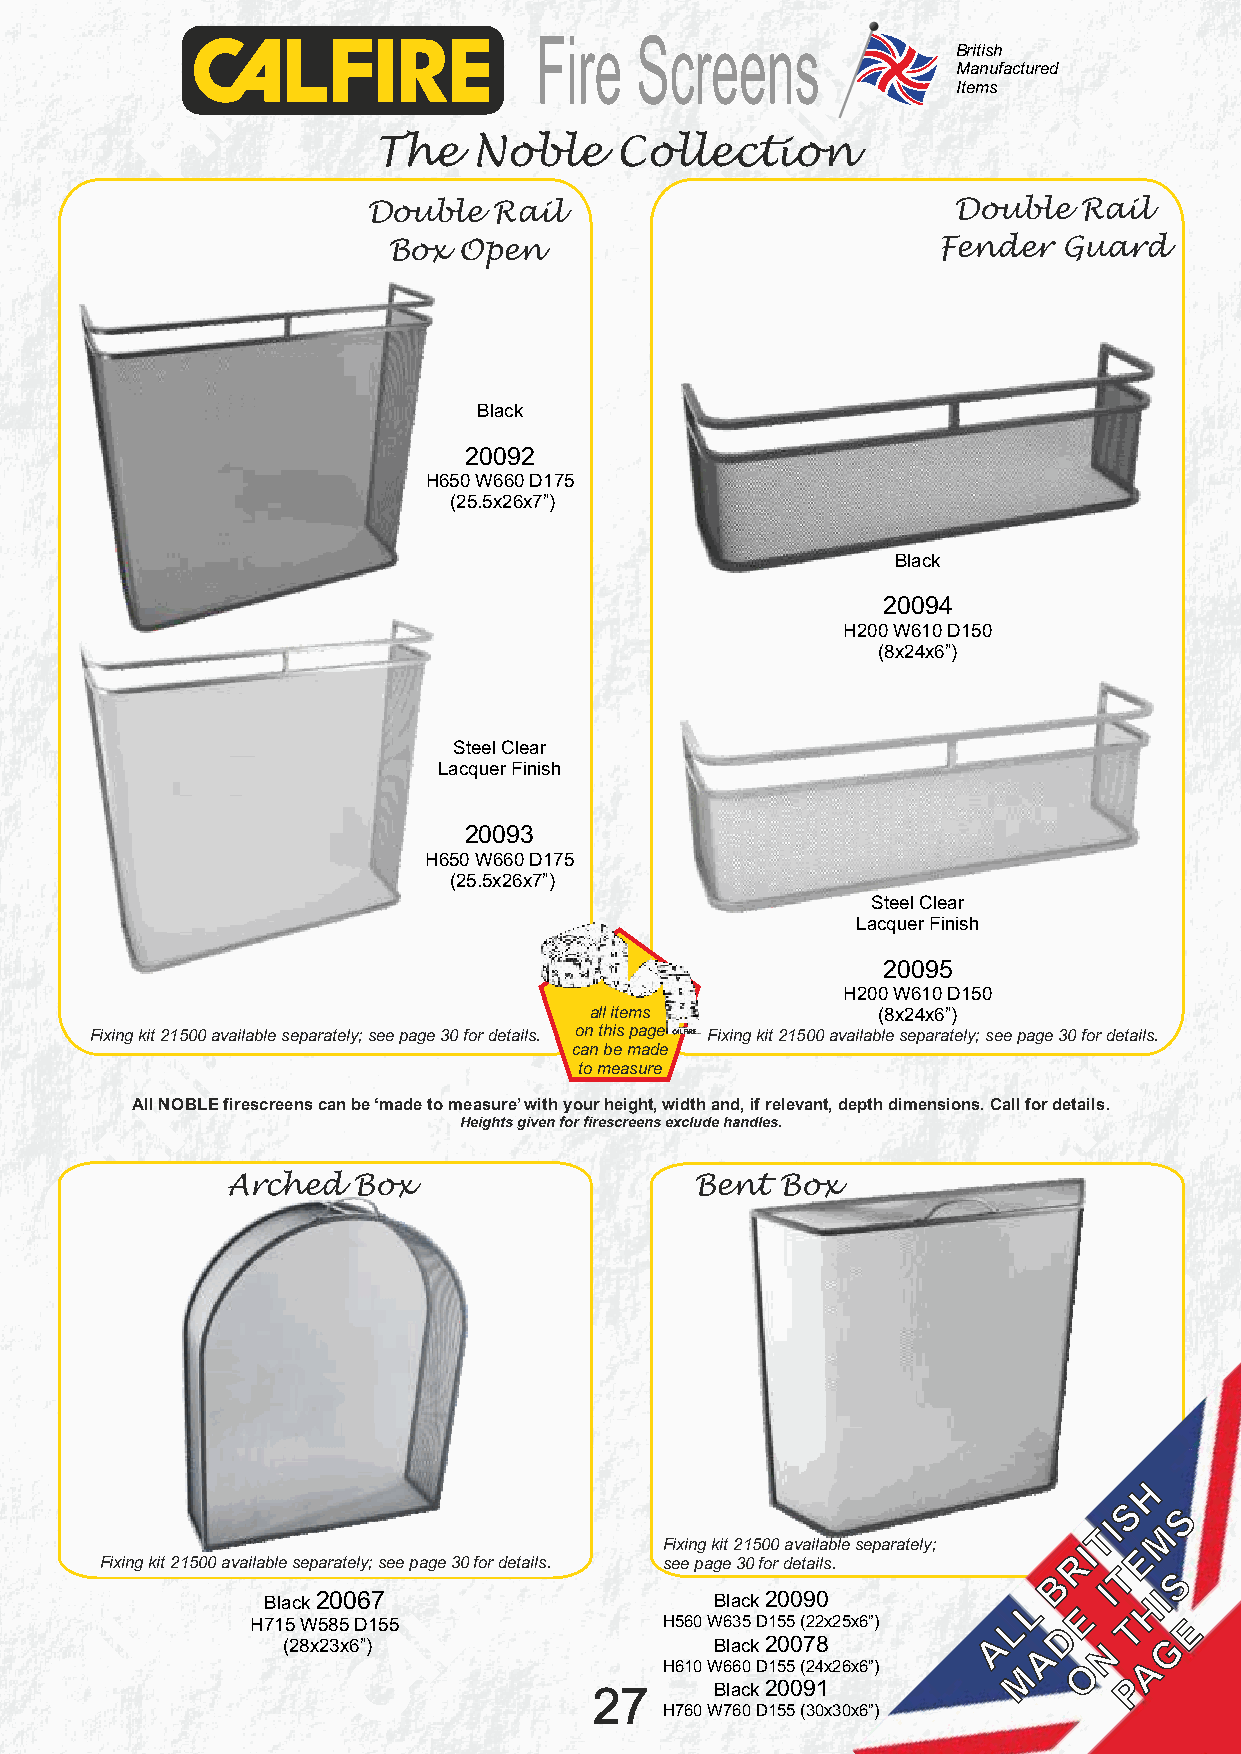
Fire   Screens
 British
 Manufactured
 Items
 The   Noble     Collection
 Double   Rail                          Double  Rail
 Box Open                            Fender  Guard
 Black
 20092
 H650 W660 D175
 (25.5x26x7”)
 Black
 20094
 H200 W610 D150
 (8x24x6”)
 Steel Clear
 Lacquer Finish
 20093
 H650 W660 D175
 (25.5x26x7”)
 Steel Clear
 Lacquer Finish
 20095
 H200 W610 D150
 all items          (8x24x6”)
 Fixing kit 21500 available separately; see page 30 for details. on this page Fixing kit 21500 available separately; see page 30 for details.
 can be made
 to measure
 All NOBLE firescreens can be ‘made to measure’ with your height, width and, if relevant, depth dimensions. Call for details.
 Heights given for firescreens exclude handles.
 Arched  Box                    Bent  Box
 H
 S   S
 TI  M
 Fixing kit 21500 available separately; see page 30 for details.
 F seix ein pg
 a
 k gi et 2 31 05 f0 o0
 r
 da eva tail ia lsb .le separately; RI E
 B   T   S
 Black 20067                   Black 20090          L    I  HI
 E
 H715 W585 D155             H560 W635 D155 (22x25x6”) L D T   E
 (28x23x6”)                  Black 20078       A   A   N   G
 H610 W660 D155 (24x26x6”) M O   A
 27      Black 20091                P
 H760 W760 D155 (30x30x6”)